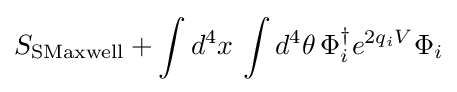
S_{\text{SMaxwell}}+\int d^{4}x\,\int d^{4}\theta \,\Phi _{i}^{\dagger }e^{2q_{i}V}\Phi _{i}